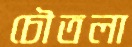
চৌতলা